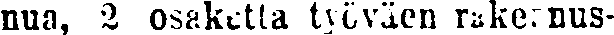
nua, 2 osaketta työväen rakennus-